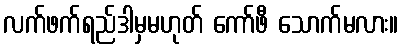
လက်ဖက်ရည်ဒါမှမဟုတ် ကော်ဖီ သောက်မလား။